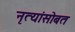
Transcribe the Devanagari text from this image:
नृत्यांसोबत